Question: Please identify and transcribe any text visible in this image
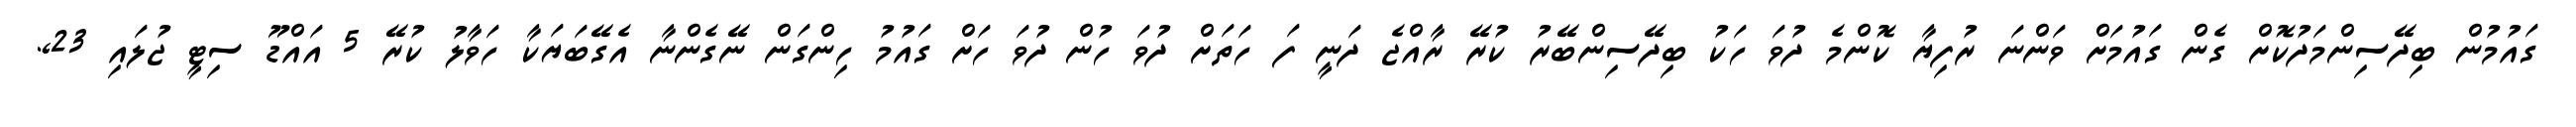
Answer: ގައުމުން ބިދޭސިންމަދުކޮށް ގެން ގައުމަށް ވަންނަ ރުފިޔާ ކޮންމެ ދުވަ ހަކު ބިދޭސިންބޭރު ކުރޭ ރާއްޖެ ދަނީ ފަ ހަތަށް ދުވަ ހުން ދުވަ ހަށް ގައުމު ހިންގަން ނޭގެންނާ އެގޭބަޔަކާ ހަވާލު ކުރޭ 5 އައްޑޫ ސިޓީ ޖުލައި 23,.